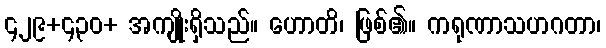
၄၂၉+၄၃၀+ အကျိုးရှိသည်။ ဟောတိ၊ ဖြစ်၏။ ကရုဏာသဟဂတာ၊